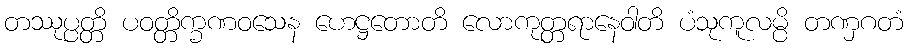
တဿုပ္ပတ္တိ ပဝတ္တိက္ခဏဝသေန ဟေဋ္ဌတောတိ လောကုတ္တရာနေဝါတိ ပံသုကူလမ္ပိ တဏှဂတံ